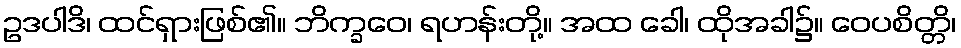
ဥဒပါဒိ၊ ထင်ရှားဖြစ်၏။ ဘိက္ခဝေ၊ ရဟန်းတို့။ အထ ခေါ၊ ထိုအခါ၌။ ဝေပစိတ္တိ၊